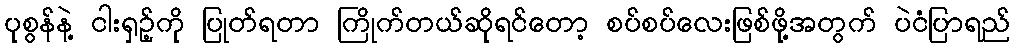
ပုစွန်နဲ့ ငါးရှဉ့်ကို ပြုတ်ရတာ ကြိုက်တယ်ဆိုရင်တော့ စပ်စပ်လေးဖြစ်ဖို့အတွက် ပဲငံပြာရည်